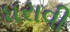
ધરાવી